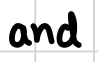
Text: and
Cross-out: clean
Writing tool: digital_black